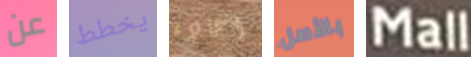
عن يخطط اعادة بالأصل Mall